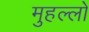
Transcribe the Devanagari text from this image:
मुहल्लो